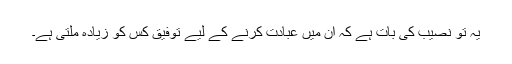
یہ تو نصیب کی بات ہے کہ ان میں عبادت کرنے کے لیے توفیق کس کو زیادہ ملتی ہے۔